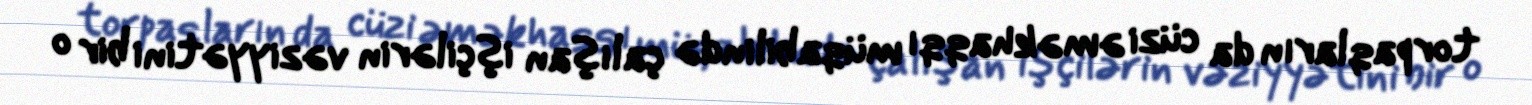
torpaqların da cüzi əməkhaqqı müqabilində çalışan işçilərin vəziyyətini bir o